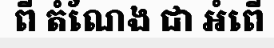
ពី តំណែង ជា អំពើ